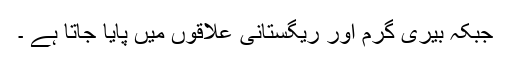
جبکہ بیری گرم اور ریگستانی علاقوں میں پایا جاتا ہے ۔